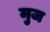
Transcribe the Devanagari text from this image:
मुज